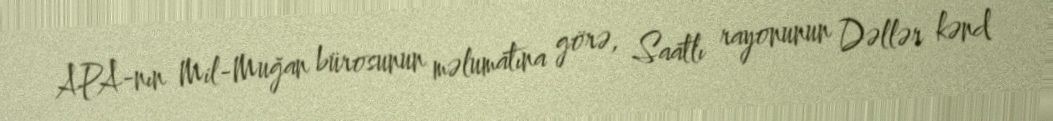
APA-nın Mil-Muğan bürosunun məlumatına görə, Saatlı rayonunun Dəllər kənd